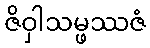
ဇိဝှါသမ္ဖဿဇံ